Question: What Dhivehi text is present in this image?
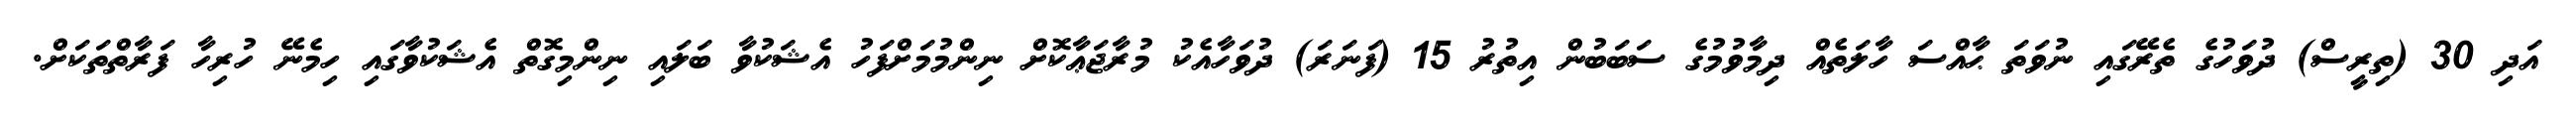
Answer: އަދި 30 (ތިރީސް) ދުވަހުގެ ތެރޭގައި ނުވަތަ ޙާއްސަ ހާލަތެއް ދިމާވުމުގެ ސަބަބުން އިތުރު 15 (ފަނަރަ) ދުވަހާއެކު މުރާޖަޢާކޮށް ނިންމުމަށްފަހު އެޝަކުވާ ބަލައި ނިންމިގޮތް އެޝަކުވާގައި ހިމެނޭ ހުރިހާ ފަރާތްތަކަށް.